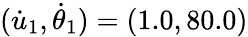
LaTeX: (\dot{u}_{1},\dot{\theta}_{1})=(1.0,80.0)